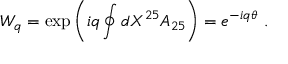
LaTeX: W _ { q } = \exp \left( i q \oint d X ^ { 2 5 } A _ { 2 5 } \right) = e ^ { - i q \theta } \ . \nonumber